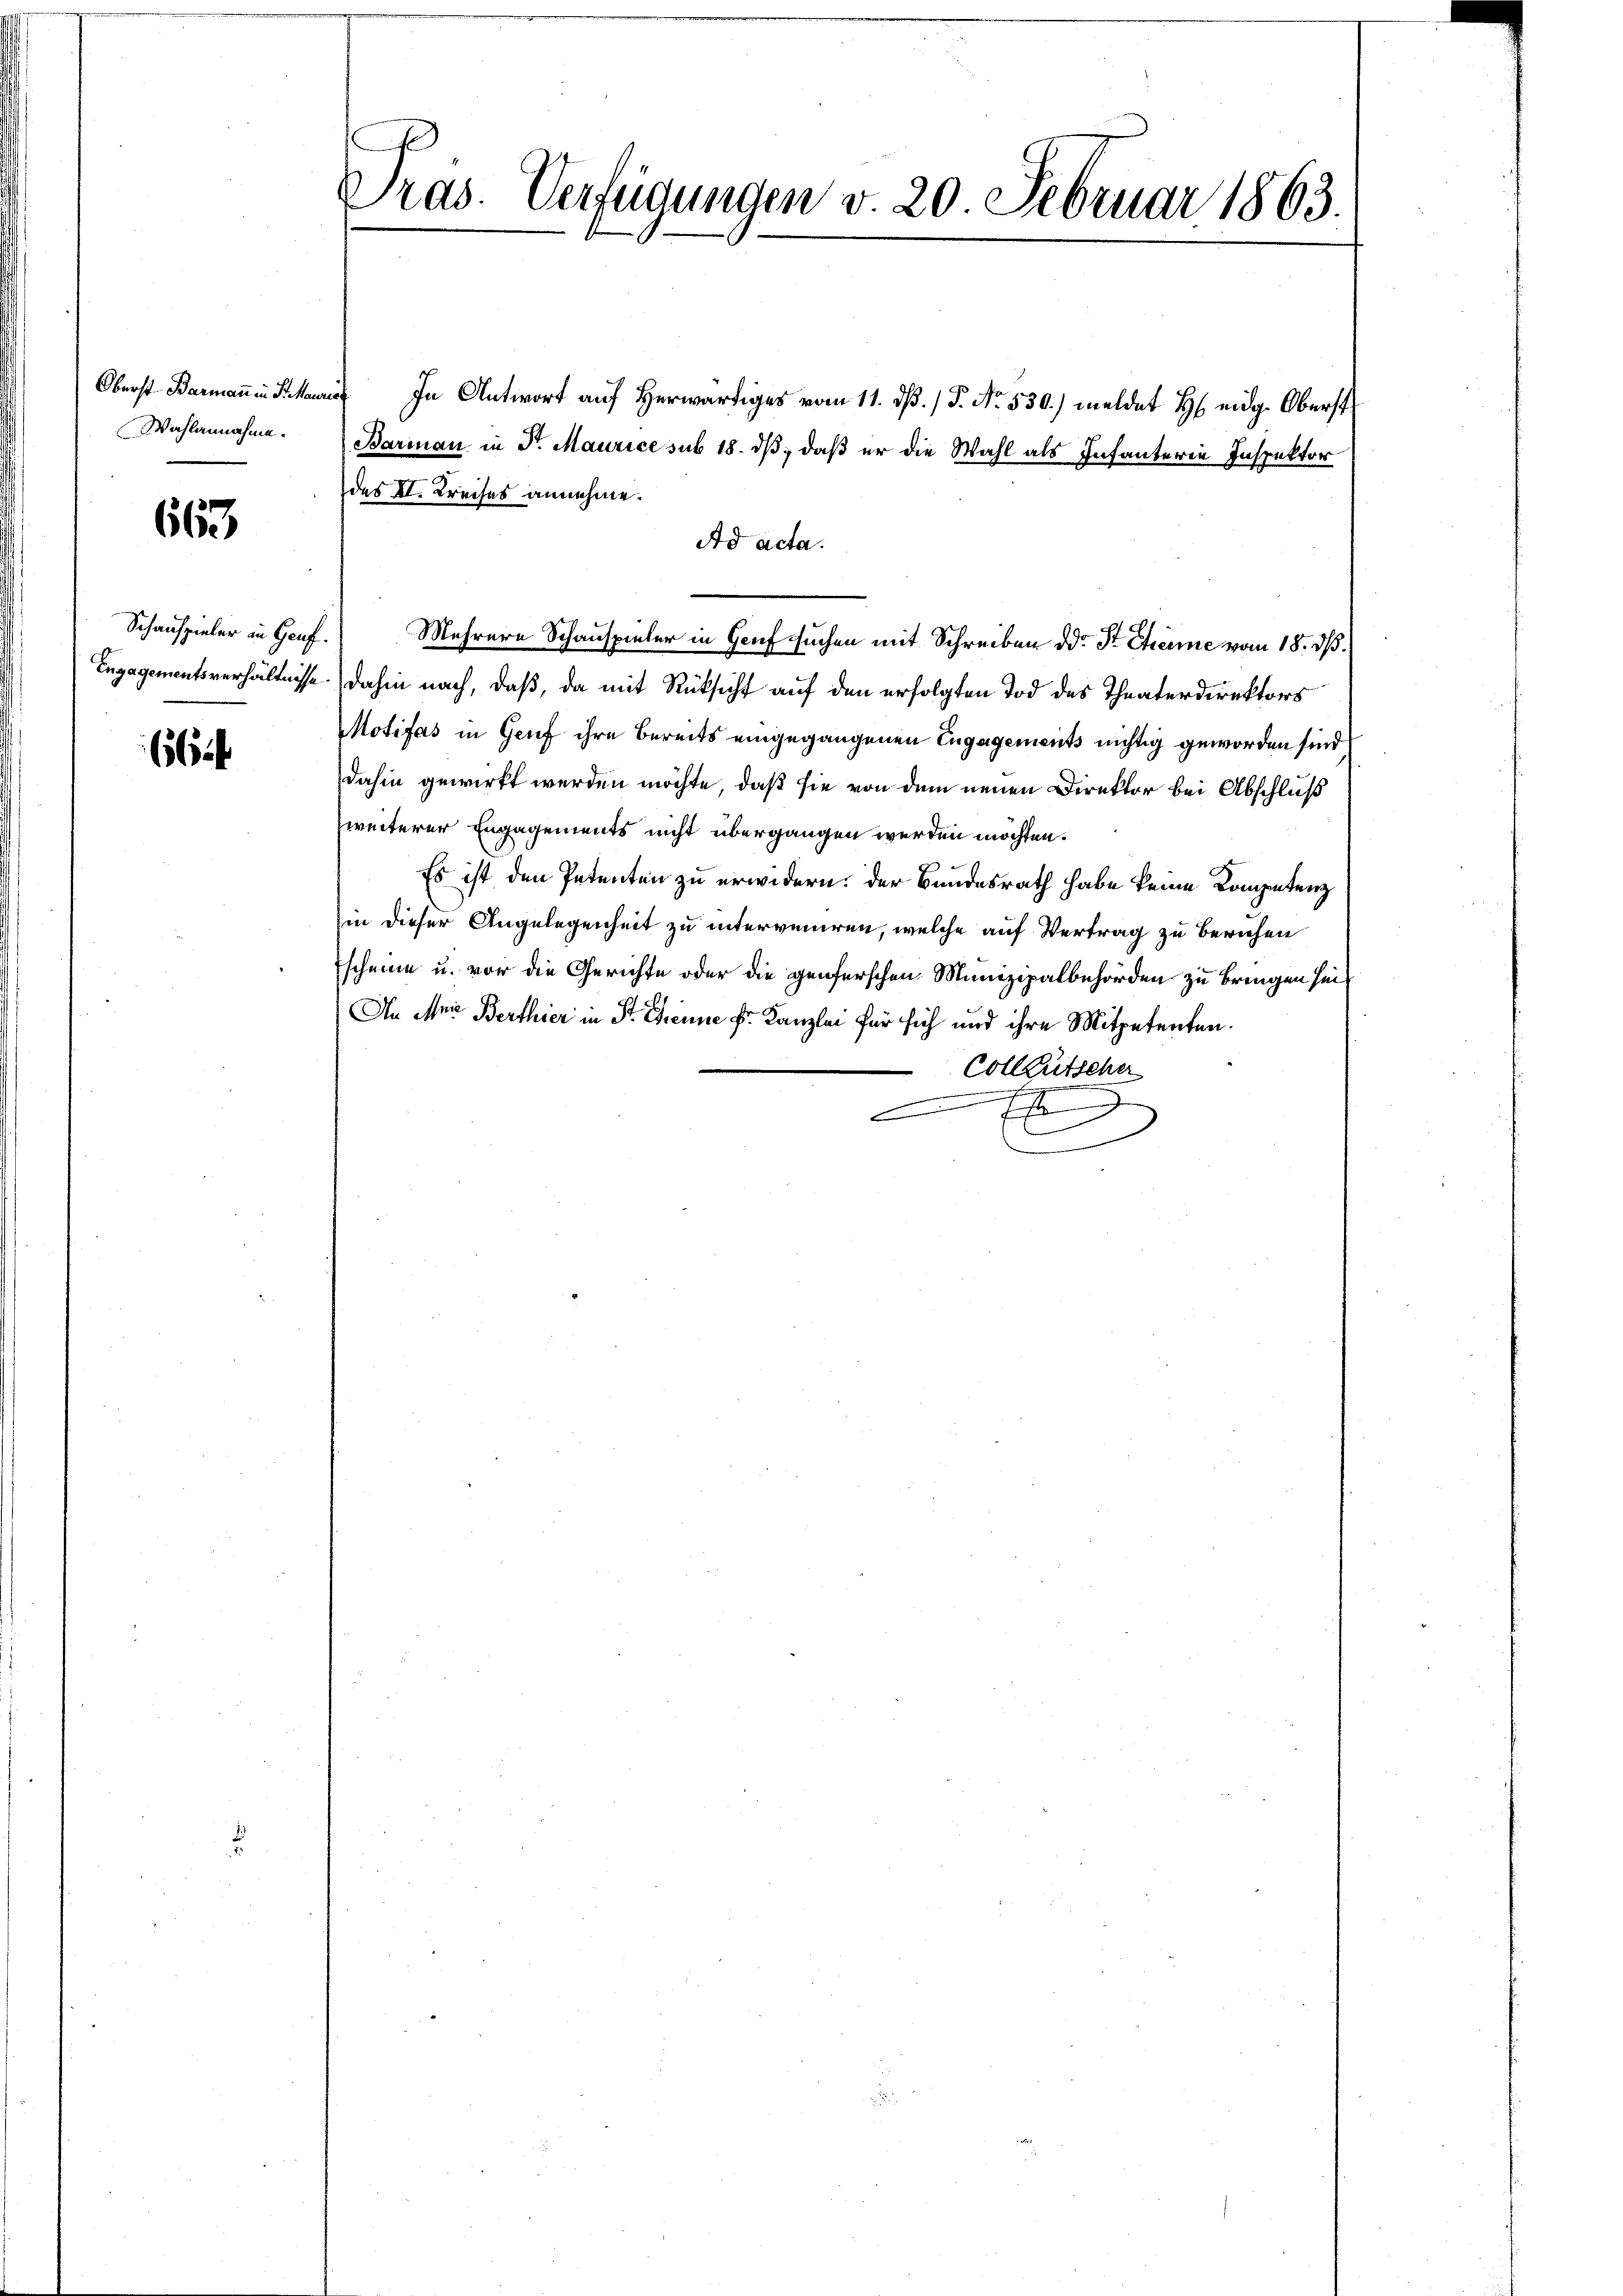
Wahlannahme.

663

Schauspieler in Genf.
Engagementsverhältnisse.

66

Pras. Verfügungen v. 20 Februar 1863.

Oberst B. In Antwort auf Herr vom 11. dß. / P. Nr. 530.) meldet H. eidg. Oberst
Barian in Dr. Maurice sub 18. ds, daß er die Wahl als Infanterie Inspektor
des II. Kreises annehme.
Ad acta.
Mehrere Schauspieler in Genf suchen mit Schreiben dd Sr. Etienne vom 18. ds.
dahin nach, daß, da mit Rücksicht auf den erfolgten Tod des Theaterdirektors
Motifas in Genf ihre bereits eingegangenen Engagements nichtig geworden sind
dahin gewirkt werden möchte, daß sie von dem neuen Direktor bei Abschluß
zweiterer Engagements nicht übergangen werden möchten.
Es ist den Petenten zu erwidern: der Bundesrath habe keine Kompetenz
in dieser Angelegenheit zu interveniren, welche auf Vertrag zu beruhen
scheine u. vor die Gerichte oder die genferschen Munizipalbehörden zu bringen sei
An Mer Berthier in St. Grenne Fr. Kanzlei für sich und ihre Mitpetenten.
Colleütscher
.
f